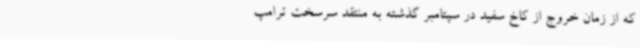
که از زمان خروج از کاخ سفید در سپتامبر گذشته به منتقد سرسخت ترامپ